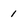
Character: 1